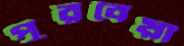
পুরবৈয়াঁ